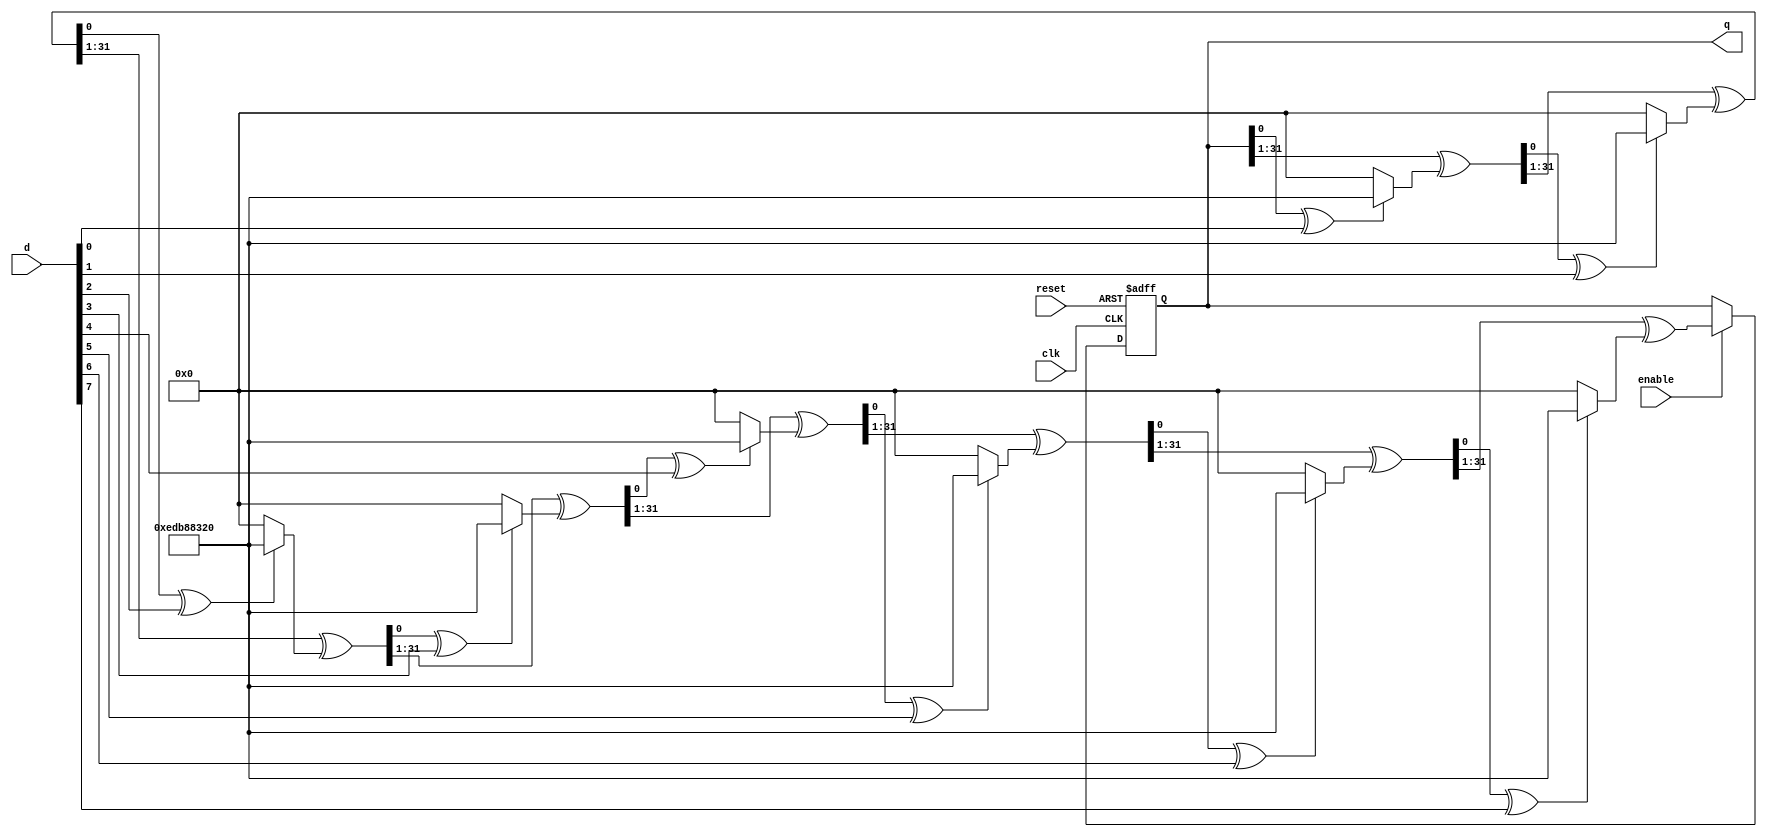
/*
 * Parallel CRC Module
 *
 * Copyright (c) 2017-2018 Alexei A. Smekalkine <ikle@ikle.ru>
 *
 * SPDX-License-Identifier: BSD-2-Clause
 */

module crc_parallell #(
	parameter H = 8, W = 32, P = 'hEDB88320  // LSB CRC-32 by default

) (
	input reset, enable, clk,
	input [H-1:0] d,
	output reg [W-1:0] q
);
	// to eat one bit
	function [W-1:0] step (input [W-1:0] acc, d);
		step = (acc >> 1) ^ ((acc[0] ^ d) ? P : 0);
	endfunction

	// eat all bits
	genvar i;
	wire [W-1:0] acc [0:H];

	assign acc[0] = q;

	for (i = 1; i <= H; i = i + 1)
		assign acc[i] = step (acc[i-1], d[i-1]);

	// latch result
	always @(posedge reset, posedge clk)
		if (reset)
			q <= ~0;
		else if (enable)
			q <= acc[H];
endmodule